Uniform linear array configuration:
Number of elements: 4
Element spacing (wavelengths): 0.5
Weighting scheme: exponential
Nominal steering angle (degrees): -15
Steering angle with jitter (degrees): -14.505
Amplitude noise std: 0.05
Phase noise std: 0.05

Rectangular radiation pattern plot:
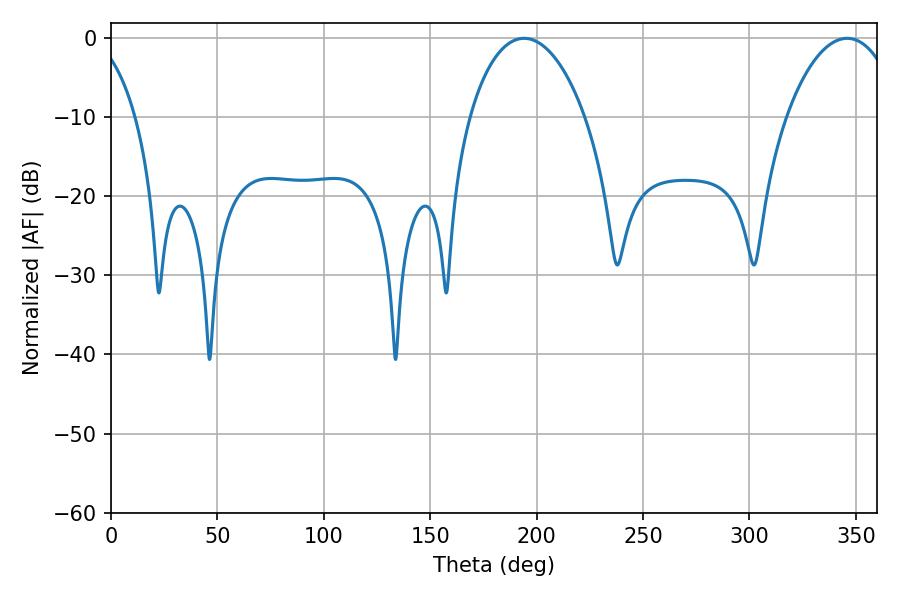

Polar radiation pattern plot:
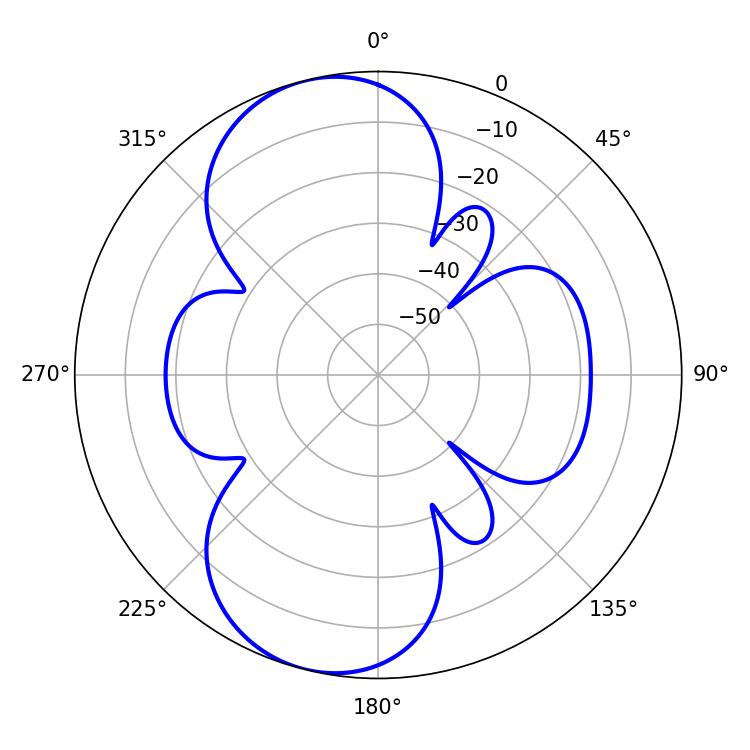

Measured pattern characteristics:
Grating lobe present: FALSE
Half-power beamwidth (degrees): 30.78
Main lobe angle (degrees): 194.04